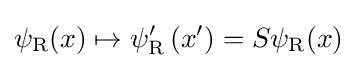
\psi _{\rm {R}}(x)\mapsto \psi _{\rm {R}}^{\prime }\left(x^{\prime }\right)=S\psi _{\rm {R}}(x)